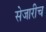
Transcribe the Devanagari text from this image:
सेजारीच